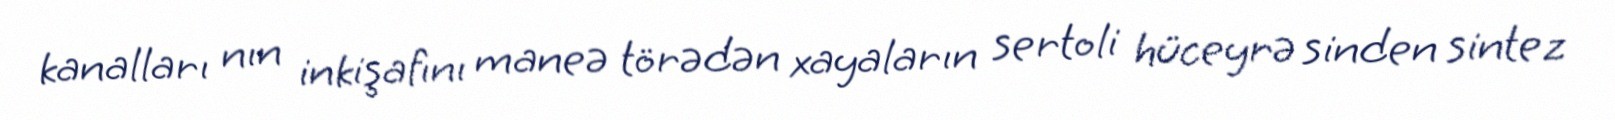
kanalları nın inkişafını maneə törədən xayaların sertoli hüceyrə sinden sintez